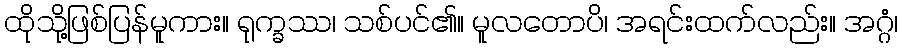
ထိုသို့ဖြစ်ပြန်မူကား။ ရုက္ခဿ၊ သစ်ပင်၏။ မူလတောပိ၊ အရင်းထက်လည်း။ အဂ္ဂံ၊